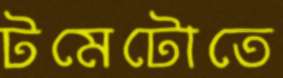
টমেটোতে